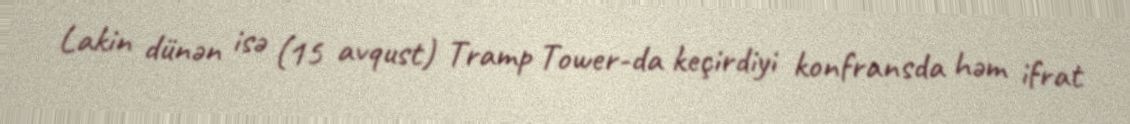
Lakin dünən isə (15 avqust) Tramp Tower-da keçirdiyi konfransda həm ifrat